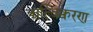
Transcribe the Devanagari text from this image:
ऋत्विक्वरण